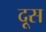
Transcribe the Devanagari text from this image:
दूस